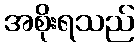
အစိုးရသည်